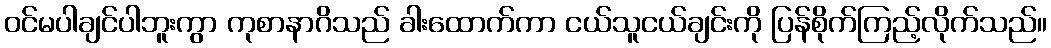
ဝင်မပါချင်ပါဘူးကွာ ကုစာနာဂိသည် ခါးထောက်ကာ ငယ်သူငယ်ချင်းကို ပြန်စိုက်ကြည့်လိုက်သည်။